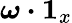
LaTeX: \boldsymbol{\omega}\boldsymbol{\cdot}\boldsymbol{1}_{x}